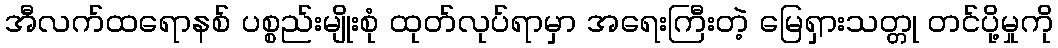
အီလက်ထရောနစ် ပစ္စည်းမျိုးစုံ ထုတ်လုပ်ရာမှာ အရေးကြီးတဲ့ မြေရှားသတ္တု တင်ပို့မှုကို